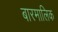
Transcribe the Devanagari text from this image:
बारमालिक